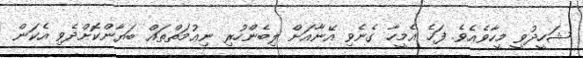
ޝަހީދުވީ މީހާވެއެވެ. ފަހެ އެމީހާ ގެނެވި އޭނާއަށް ލިބެންހުރި ނިޢުމަތްތައް ބަޔާންކޮށްދެވި އެކަން